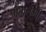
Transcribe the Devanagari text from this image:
मतालम्बी